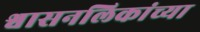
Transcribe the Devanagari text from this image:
श्वासनलिकांच्या